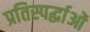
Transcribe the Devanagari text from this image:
प्रतिस्पर्द्धाओं